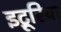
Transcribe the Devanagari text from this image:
इट्रूरिया